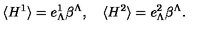
\langle H ^ { 1 } \rangle = e _ { \Lambda } ^ { 1 } \beta ^ { \Lambda } , \quad \langle H ^ { 2 } \rangle = e _ { \Lambda } ^ { 2 } \beta ^ { \Lambda } .